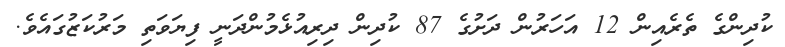
ކުދިންގެ ތެރެއިން 12 އަހަރުން ދަށުގެ 87 ކުދިން ދިރިއުޅެމުންދަނީ ފިޔަވަތި މަރުކަޒުގައެވެ.